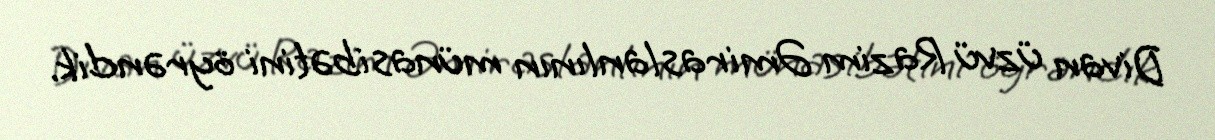
Divan üzvü Razim Əmiraslanlının münasibətini öyrəndik.